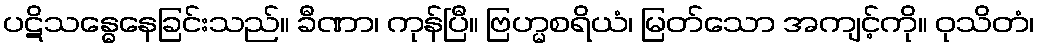
ပဋိသန္ဓေနေခြင်းသည်။ ခီဏာ၊ ကုန်ပြီ။ ဗြဟ္မစရိယံ၊ မြတ်သော အကျင့်ကို။ ဝုသိတံ၊